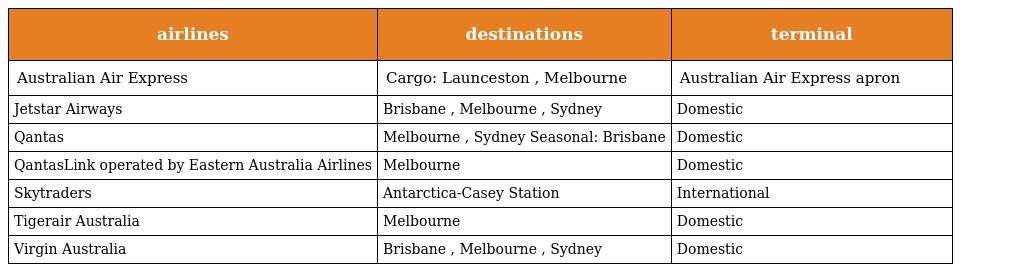
| airlines | destinations | terminal |
 | --- | --- | --- |
 | Australian Air Express | Cargo: Launceston , Melbourne | Australian Air Express apron |
 | Jetstar Airways | Brisbane , Melbourne , Sydney | Domestic |
 | Qantas | Melbourne , Sydney Seasonal: Brisbane | Domestic |
 | QantasLink operated by Eastern Australia Airlines | Melbourne | Domestic |
 | Skytraders | Antarctica-Casey Station | International |
 | Tigerair Australia | Melbourne | Domestic |
 | Virgin Australia | Brisbane , Melbourne , Sydney | Domestic |